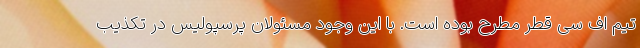
تیم اف سی قطر مطرح بوده است. با این وجود مسئولان پرسپولیس در تکذیب